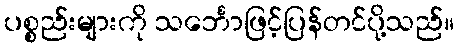
ပစ္စည်းများကို သင်္ဘောဖြင့်ပြန်တင်ပို့သည်။